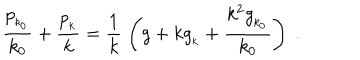
\frac { p _ { _ { k _ { 0 } } } } { k _ { 0 } } + \frac { p _ { _ k } } { k } = \frac { 1 } { k } \; \left( g + k g _ { _ k } + \frac { k ^ { 2 } g _ { _ { k _ { 0 } } } } { k _ { 0 } } \right) \; .